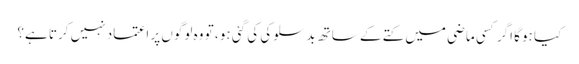
کیا ہوگا اگر کسی ماضی میں کتے کے ساتھ بدسلوکی کی گئی ہو ، تو وہ لوگوں پر اعتماد نہیں کرتا ہے؟